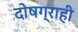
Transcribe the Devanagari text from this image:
दोषग्राही